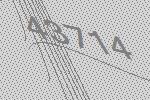
43714